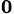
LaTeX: _{\mathbf{0}}